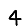
Digit: 4